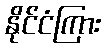
နိုင်ငံကြား